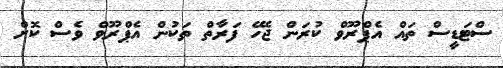
ސްޓަޑީސް ތައް އެޕްރޫވް ކުރަން ޖެހޭ ފަރާތް ތަކުން އެޕްރޫވް ވެސް ކޮށް